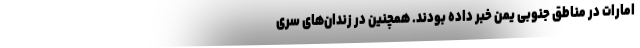
امارات در مناطق جنوبی یمن خبر داده بودند. همچنین در زندان‌های سری